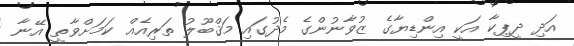
އަދި ދީޕިކާ އަކީ އިންޑިޔާގެ ޒުވާނުންގެ މެދުގައި މަޤްބޫލު ތަރިއެއް ކަމަށްވާތީ އޭނާ